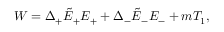
W = \Delta _ { + } \tilde { E } _ { + } E _ { + } + \Delta _ { - } \tilde { E } _ { - } E _ { - } + m T _ { 1 } ,